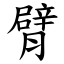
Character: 臂